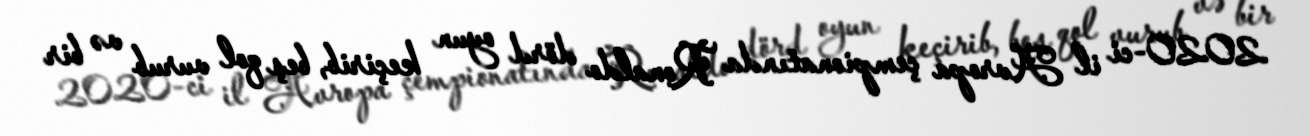
2020-ci il Avropa çempionatında Ronaldo dörd oyun keçirib, beş qol vurub və bir